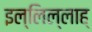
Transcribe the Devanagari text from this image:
इल्लिल्लाह्